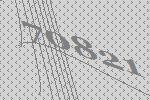
70821